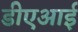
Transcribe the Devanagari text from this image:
डीएआई